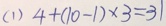
( 1 ) 4 + ( 1 0 - 1 ) \times 3 = 3 1